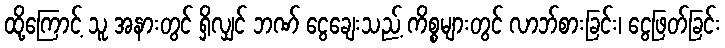
ထို့ကြောင့် သူ အနားတွင် ရှိလျှင် ဘဏ် ငွေချေးသည့် ကိစ္စများတွင် လာဘ်စားခြင်း၊ ငွေဖြတ်ခြင်း